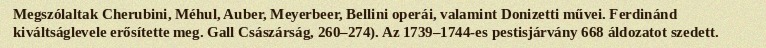
Megszólaltak Cherubini, Méhul, Auber, Meyerbeer, Bellini operái, valamint Donizetti művei. Ferdinánd kiváltságlevele erősítette meg. Gall Császárság, 260–274). Az 1739–1744-es pestisjárvány 668 áldozatot szedett.